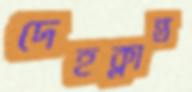
দেহক্লান্ত